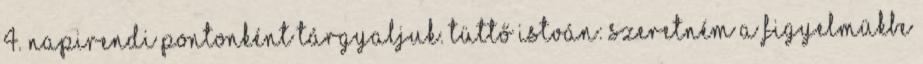
4. napirendi pontonként tárgyaljuk. Tüttő István: Szeretném a figyelmükbe